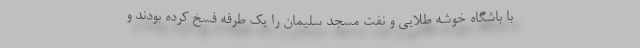
با باشگاه خوشه طلایی و نفت مسجد سلیمان را یک طرفه فسخ کرده بودند و